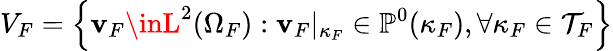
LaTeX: V_{F}=\left\{ \mathbf{v}_{F}\inL^{2}(\Omega_{F}):\mathbf{v}_{F}|_{\kappa_{F}}\in\mathbb{{P}}^{0}(\kappa_{F}),\forall\kappa_{F}\in\mathcal{{T}}_{F}\right\}